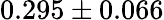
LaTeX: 0.295\pm 0.066